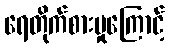
ရေတိုက်စားမှုကြောင့်